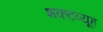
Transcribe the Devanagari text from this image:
शकटव्यूह